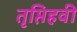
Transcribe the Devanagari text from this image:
तृप्तिहवी